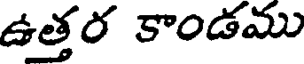
ఉత్తర కాండము